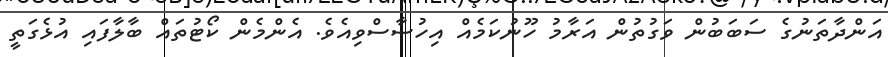
އަންދާތަނުގެ ސަބަބުން ވަގުތުން އަރާމު ހޫނުކަމެއް އިހުސާސްވިއެވެ. އެންމެން ކޯޓުތައް ބާލާފައި އުޅެގަތީ